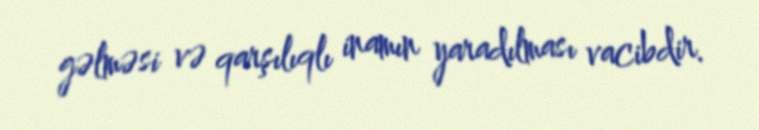
gəlməsi və qarşılıqlı inamın yaradılması vacibdir.